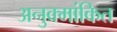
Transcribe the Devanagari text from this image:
अनुक्र्मांकित